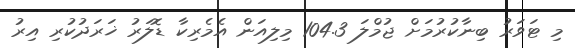
މި ޓަވަރު ބިނާކުރުމަށް ޖުމްލަ 104.3 މިލިއަން އެމެރިކާ ޑޮލަރު ޚަރަދުކުރި އިރު